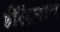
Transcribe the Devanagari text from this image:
हीरेंद्रनाथ